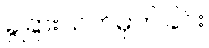
ခွဲခြားသတ်မှတ်ခြင်း